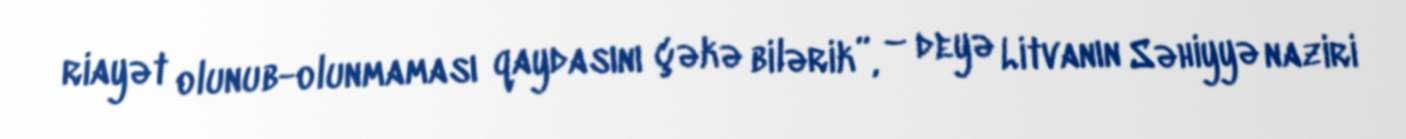
riayət olunub-olunmaması qaydasını çəkə bilərik”, – deyə Litvanın Səhiyyə naziri